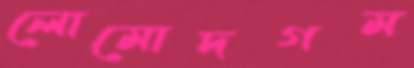
লোমোদগম